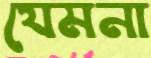
যেমনা